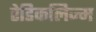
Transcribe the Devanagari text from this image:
रेडिकलिज्म